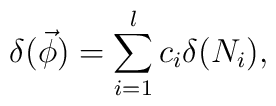
\delta (\vec{\phi})=\sum_{i=1}^lc_i\delta (N_i),